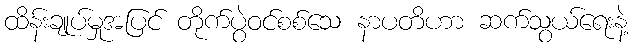
ထိန်းချုပ်မှုအပြင် တိုက်ပွဲဝင်စစ်သေ နာပတိဟာ ဆက်သွယ်ရေးနဲ့